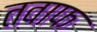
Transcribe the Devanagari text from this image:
तवाफ